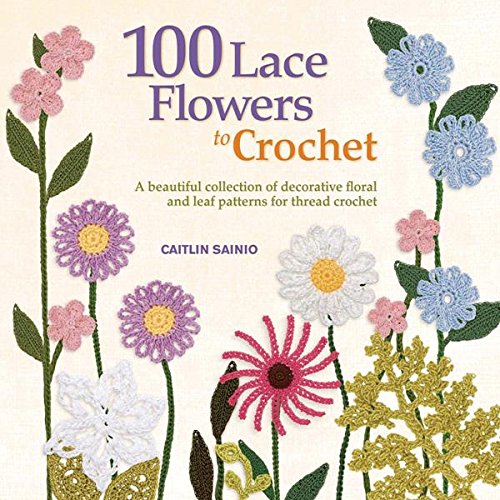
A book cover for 100 Lace Flowers to Crochet: A Beautiful Collection of Decorative Floral and Leaf Patterns for Thread Crochet (Knit & Crochet); Caitlin Sainio; Crafts, Hobbies & Home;